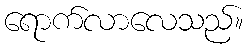
ရောက်လာလေသည်။